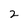
Character: 2